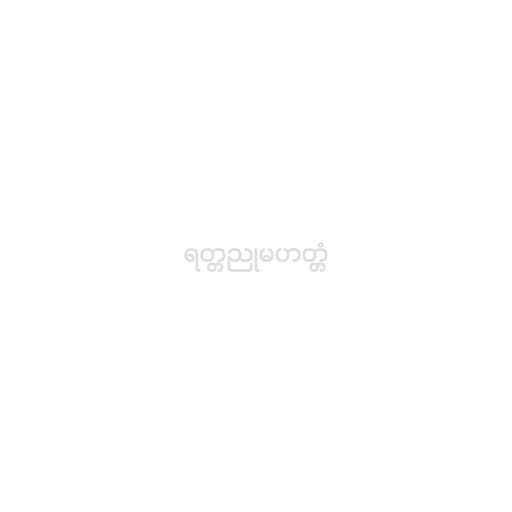
ရတ္တညုမဟတ္တံ